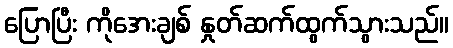
ပြောပြီး ကိုအေးချစ် နှုတ်ဆက်ထွက်သွားသည်။